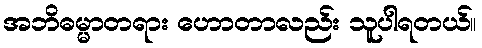
အဘိဓမ္မာတရား ဟောတာလည်း သူပါရတယ်။